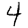
Digit: 4